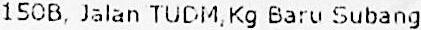
150B, JALAN TUDM,KG BARU SUBANG